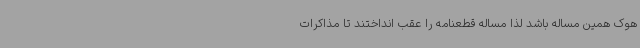
هوک همین مساله باشد لذا مساله قطعنامه را عقب انداختند تا مذاکرات